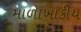
માળાખાકીય